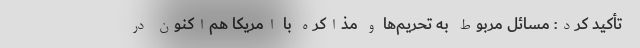
تأکید کرد: مسائل مربوط به تحریم‌ها و مذاکره با امریکا هم‌اکنون در